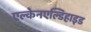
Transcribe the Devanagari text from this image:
एल्केनएल्डिहाइड